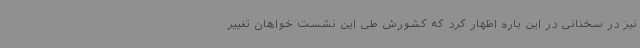
نیز در سخنانی در این باره اظهار کرد که کشورش طی این نشست خواهان تغییر